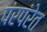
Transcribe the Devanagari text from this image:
पंरपंरेत